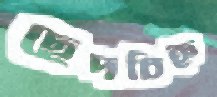
ছেদচিহ্ন